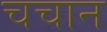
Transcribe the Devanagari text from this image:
चचान